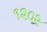
૧૨૦૨